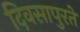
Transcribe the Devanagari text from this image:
दिवसापुरते